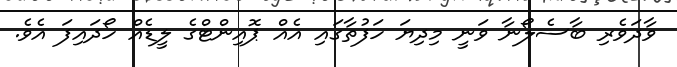
ވާދަވެރި ބާސެލޯނާ ވަނީ މިދިޔަ ހަފުތާގައި އެއް ޕޮއިންޓްގެ ލީޑެއް ހޯދައިފަ އެވެ.